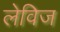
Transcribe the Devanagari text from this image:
लेविज